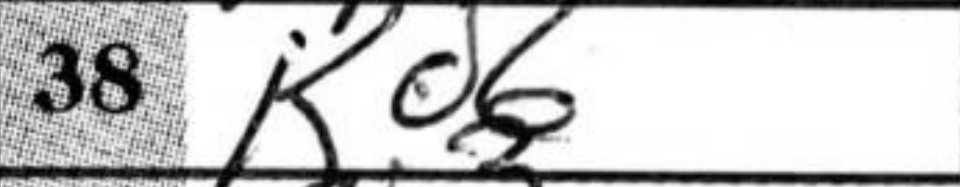
Transcription: Kd6